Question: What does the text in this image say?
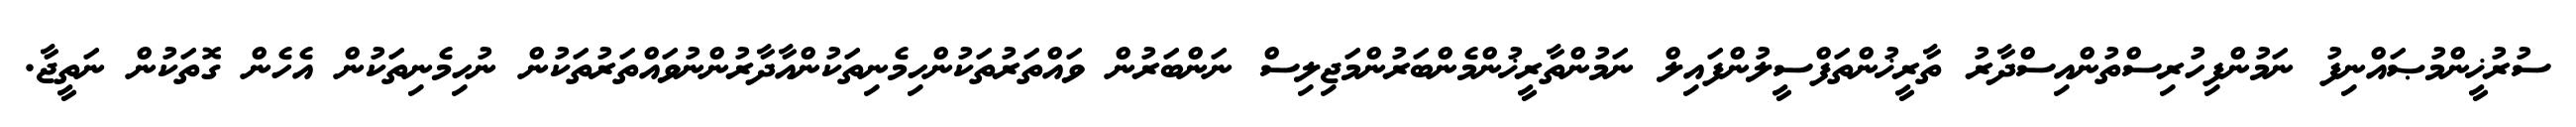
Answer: ސުރުޚީންމުޞައްނިފު ނަމުންފިހުރިސްތުންއިސްދާރު ތާރީޚުންތަފްސީލުންފައިލް ނަމުންތާރީޚުންމެންބަރުންމަޖިލިސް ނަންބަރުން ވައްތަރުތަކުންހިމެނިތަކުންއާދާރުންނުވައްތަރުތަކުން ނުހިމެނިތަކުން އެހެން ގޮތަކުން ނަތީޖާ.